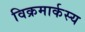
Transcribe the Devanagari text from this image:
विक्रमार्कस्य